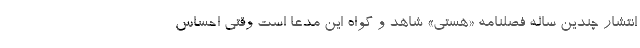
انتشار چندین ساله فصلنامه «هستی» شاهد و گواه این مدعا است وقتی احساس